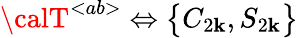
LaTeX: {\calT}^{<ab>}\Leftrightarrow\big\{ C_{2\mathbf{k}},S_{2\mathbf{k}}\big\}